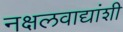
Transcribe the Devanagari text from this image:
नक्षलवाद्यांशी